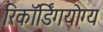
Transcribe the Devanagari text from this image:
रिकॉर्डिंगयोग्य